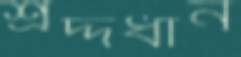
শ্রদ্দধান